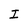
Character: I